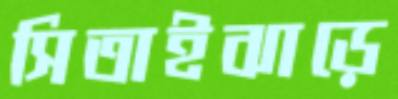
সিতাইঝাড়ে